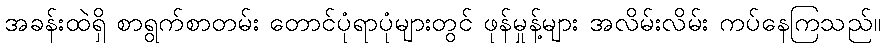
အခန်းထဲရှိ စာရွက်စာတမ်း တောင်ပုံရာပုံများတွင် ဖုန်မှုန့်များ အလိမ်းလိမ်း ကပ်နေကြသည်။